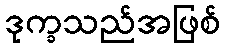
ဒုက္ခသည်အဖြစ်